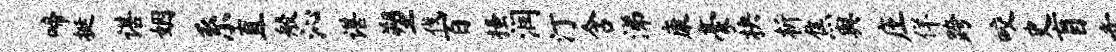
啼挺谌姻系直般沁谌塑伐百搔润汀含涕康豪抉析焦舆庄佯跨咬史盲赤